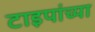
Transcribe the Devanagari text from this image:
टाइपांच्या